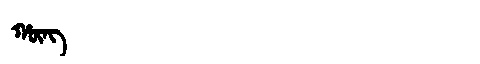
Manchu: ᡥᡡᠩ
Romanization: HŪNG